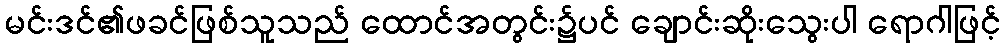
မင်းဒင်၏ဖခင်ဖြစ်သူသည် ထောင်အတွင်း၌ပင် ချောင်းဆိုးသွေးပါ ရောဂါဖြင့်